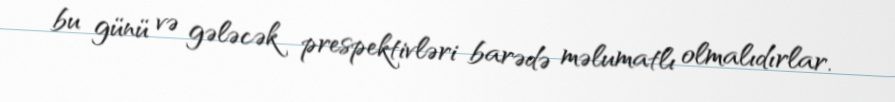
bu günü və gələcək prespektivləri barədə məlumatlı olmalıdırlar.